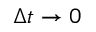
\Delta t \to 0